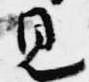
見